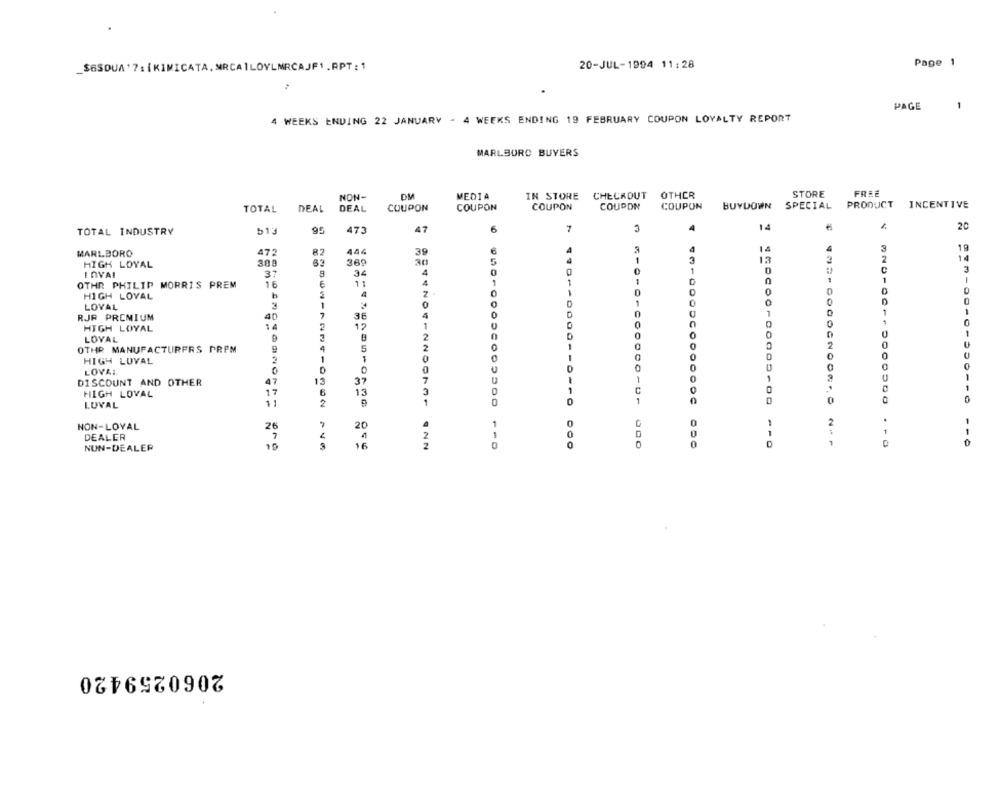
Page 1
_$6SOUA'7 : [KIMICATA. MARCA]LOVLMRCAJF1 .RPT : 1
20-JUL-1994 11:28
PAGE
4 WEEKS ENDING 22 JANUARY - 4 WEEKS ENDING 19 FEBRUARY COUPON LOYALTY REPORT
MARLBORO BUYERS
NON-
DM
MEDIA
IN STORE
CHECROUT
OTHER
STORE
FREE
COUPON
COUPON
COUPON
COUPON
COUPON
BUYDOWN SPECIAL PRODUCT INCENTIVE
TOTAL
DEAL
DEAL
473
47
6
7
4
14
20
TOTAL INDUSTRY
513
MARLBORO
473
444
39
4
4
14
3
19
308
63
369
1
3
13
HIGH LOYAL
1
0
C
3
InVAI
3
34
4
0
1
OTHR PHILIP MORRIS PREM
16
6
11
4
1
1
1
4
0
0
HIGH LOYAL
1
0
0
D
LOVAL
3
1
0
D
RJR PREMIUM
36
4
POD
0
1
-
1
0
HIGH LOYAL
14
2
12
U
LOYAL
9
2
0
0
-
OTHR MANUFACTURERS PREM
4
5
2
O
0
0
0
-
0
HIGH LOYAL
1
LOVAI
0
0
0
47
13
37
7
-
1
1
DISCOUNT AND OTHER
1
1
HIGH LOVAL
17
6
13
C
LUVAL
11
2
1
1
0
0
0
NND
.
NON-LOYAL
20
1
0
1
DEALER
1
0
0
1
1
0
D
NUN-DEALER
10
16
2060259420